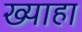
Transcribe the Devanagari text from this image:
ख्याहा